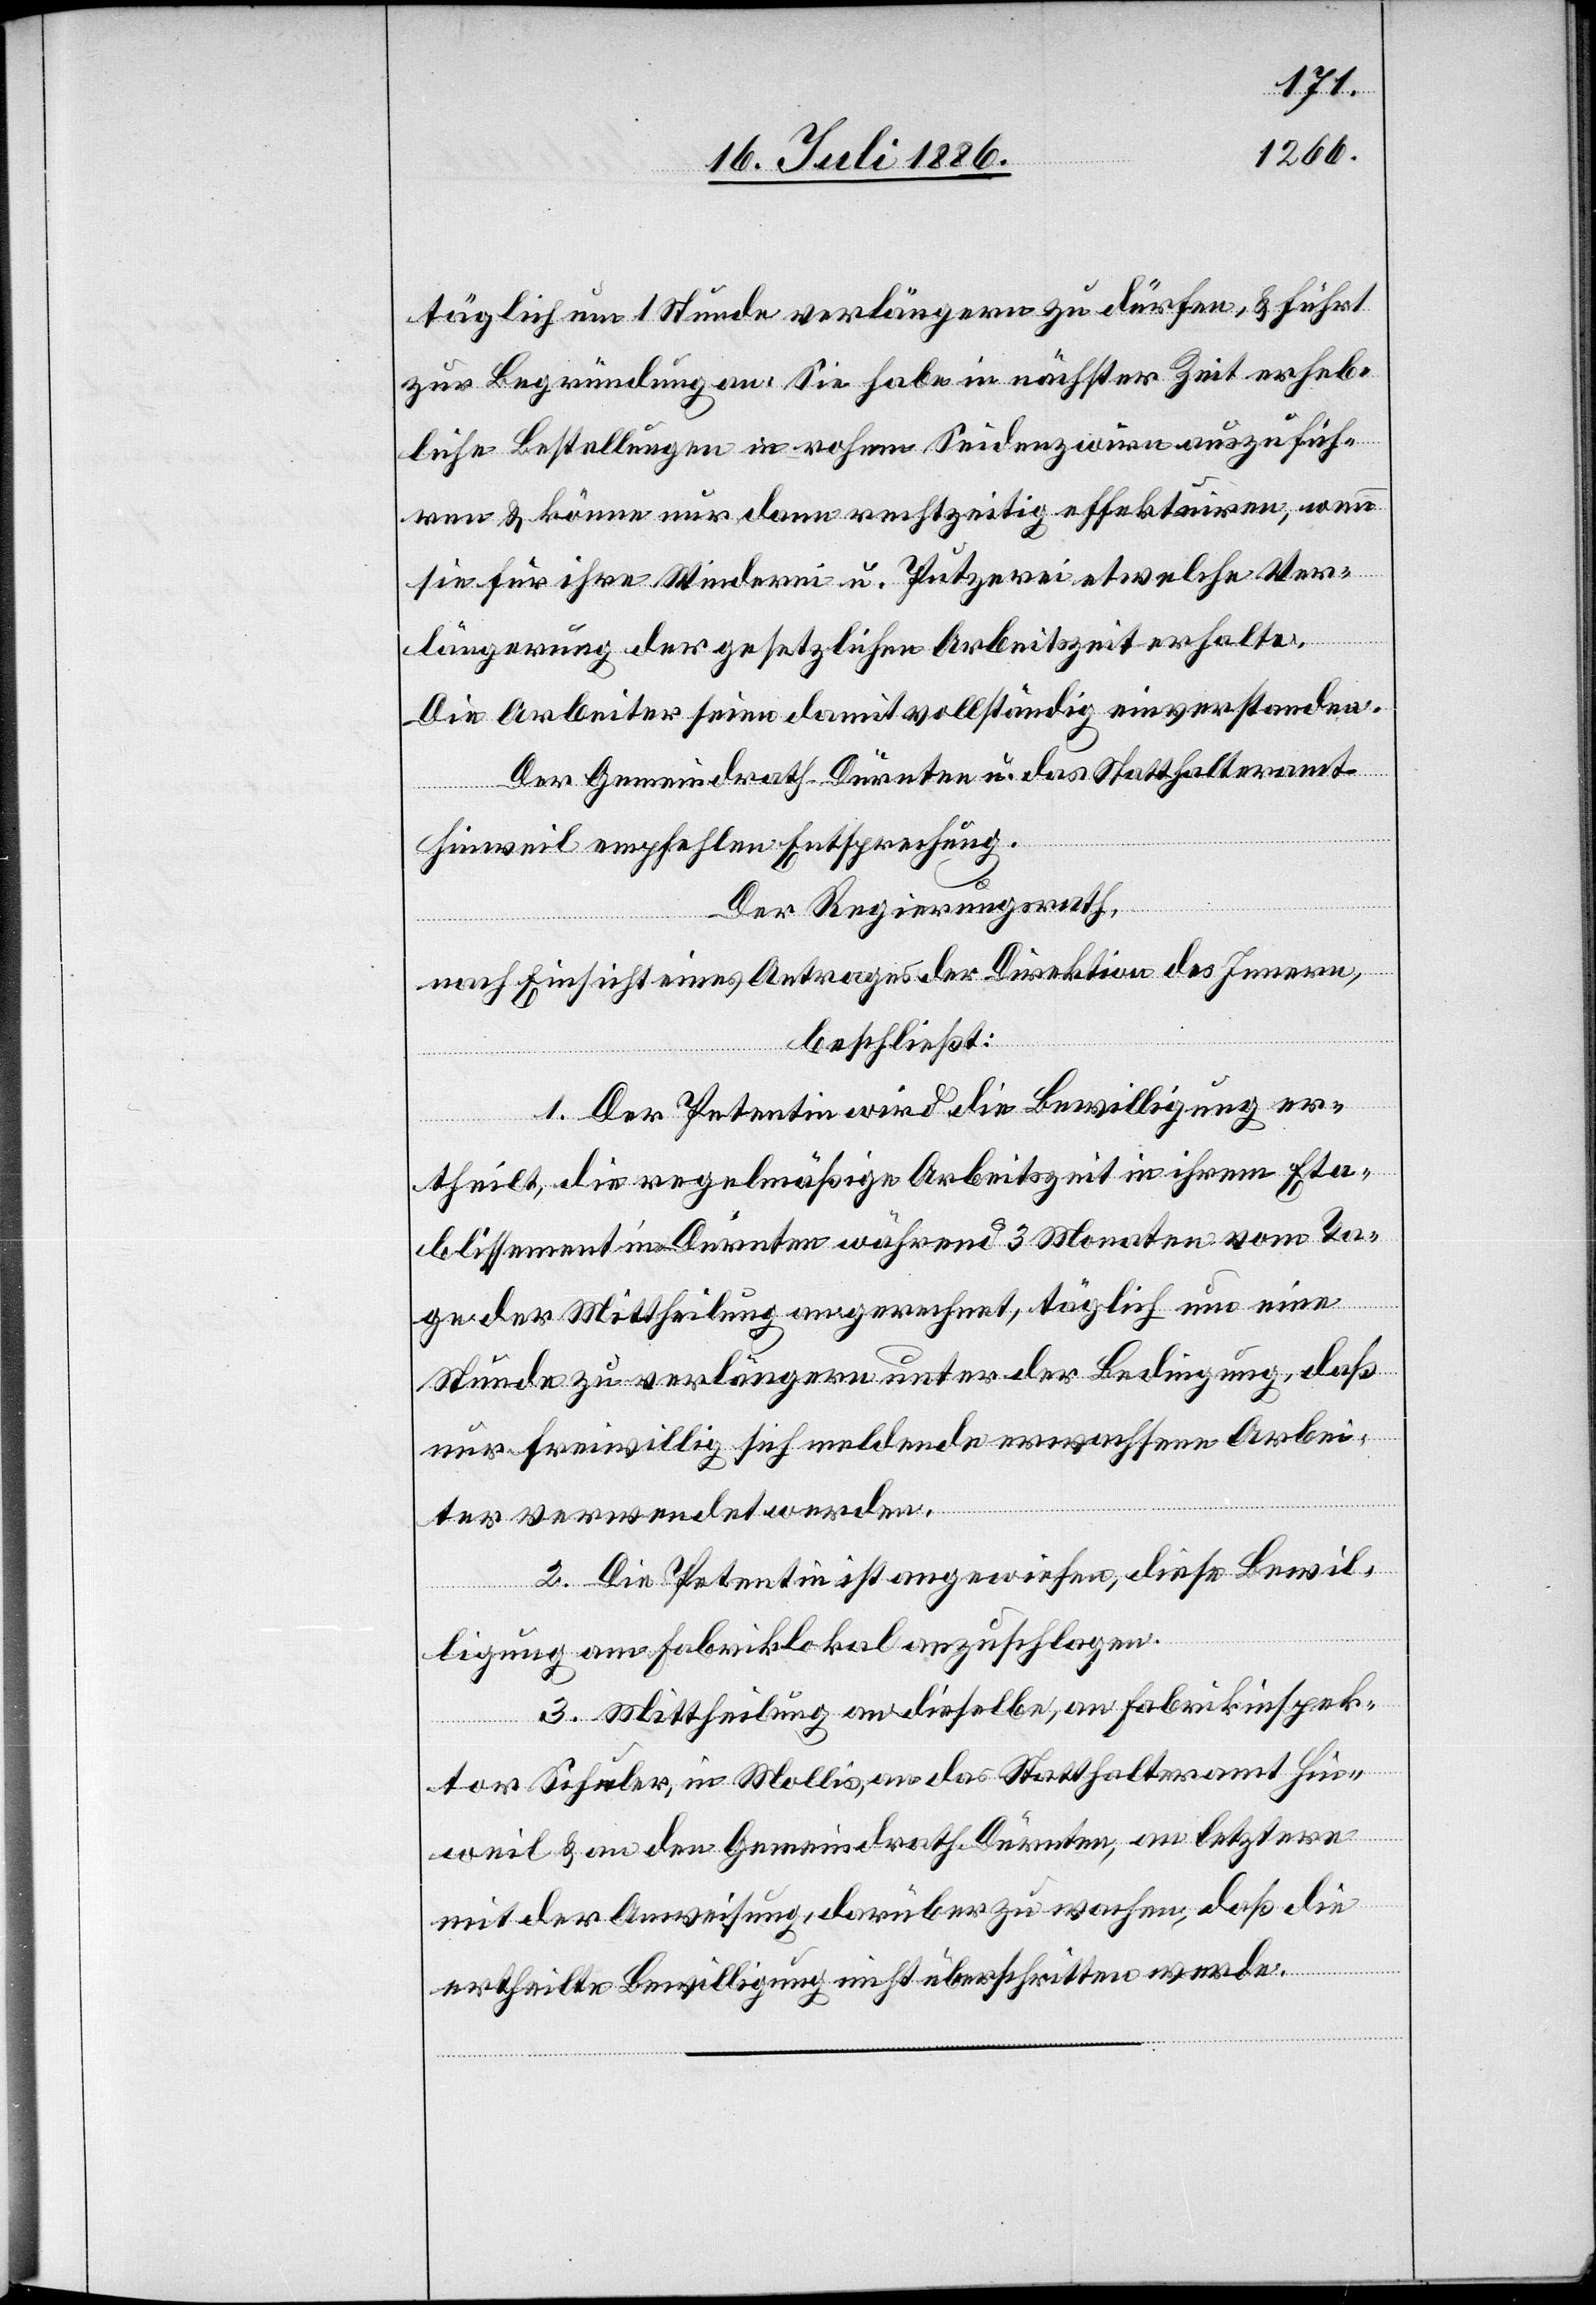
täglich um 1 Stunde verlängern zu dürfen, & führt
zur Begründung an: Sie habe in nächster Zeit erheb¬
liche Bestellungen in rohem Seidenzwirn auszufüh¬
ren & könne nur dann rechtzeitig effektuiren, wenn
sie für ihre Winderei u. Putzerei etwelche Ver¬
längerung der gesetzlichen Arbeitszeit erhalte.
Die Arbeiter seien damit vollständig einverstanden.
Hinweil empfehlen Entsprechung.
Der Regierungsrath,
nach Einsicht eines Antrages der Direktion des Innern,
beschließt:
1. Der Petentin wird die Bewilligung er¬
theilt, die regelmäßige Arbeitszeit in ihrem Eta¬
blissement in Dürnten während 3 Monaten vom Ta¬
ge der Mittheilung an gerechnet, täglich um eine
Stunde zu verlängern unter der Bedingung, daß
nur freiwillig sich meldende erwachsene Arbei¬
ter verwendet werden.
2. Die Petentin ist angewiesen, diese Bewil¬
ligung am Fabriklokal anzuschlagen.
3. Mittheilung an dieselbe, an Fabrikinspek¬
tor Schuler, in Mollis, an das Statthalteramt Hin¬
weil & an den Gemeindrath Dürnten, an letztere
mit der Anweisung, darüber zu wachen, daß die
ertheilte Bewilligung nicht überschritten werde.